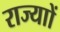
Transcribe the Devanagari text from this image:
राज्याों